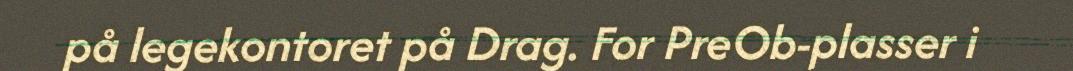
på legekontoret på Drag. For PreOb-plasser i